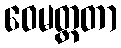
ဝေမတ္တတာ